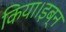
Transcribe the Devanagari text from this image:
किया।इब्न